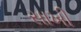
સાખી